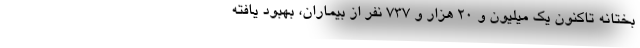
بختانه تاکنون یک میلیون و ۲۰ هزار و ۷۳۷ نفر از بیماران، بهبود یافته